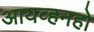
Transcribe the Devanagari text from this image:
आयव्हनहो